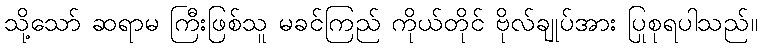
သို့သော် ဆရာမ ကြီးဖြစ်သူ မခင်ကြည် ကိုယ်တိုင် ဗိုလ်ချုပ်အား ပြုစုရပါသည်။